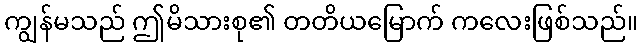
ကျွန်မသည် ဤမိသားစု၏ တတိယမြောက် ကလေးဖြစ်သည်။